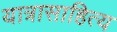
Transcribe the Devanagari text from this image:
यात्रासाहित्य